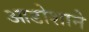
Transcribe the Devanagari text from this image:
आडोशाने